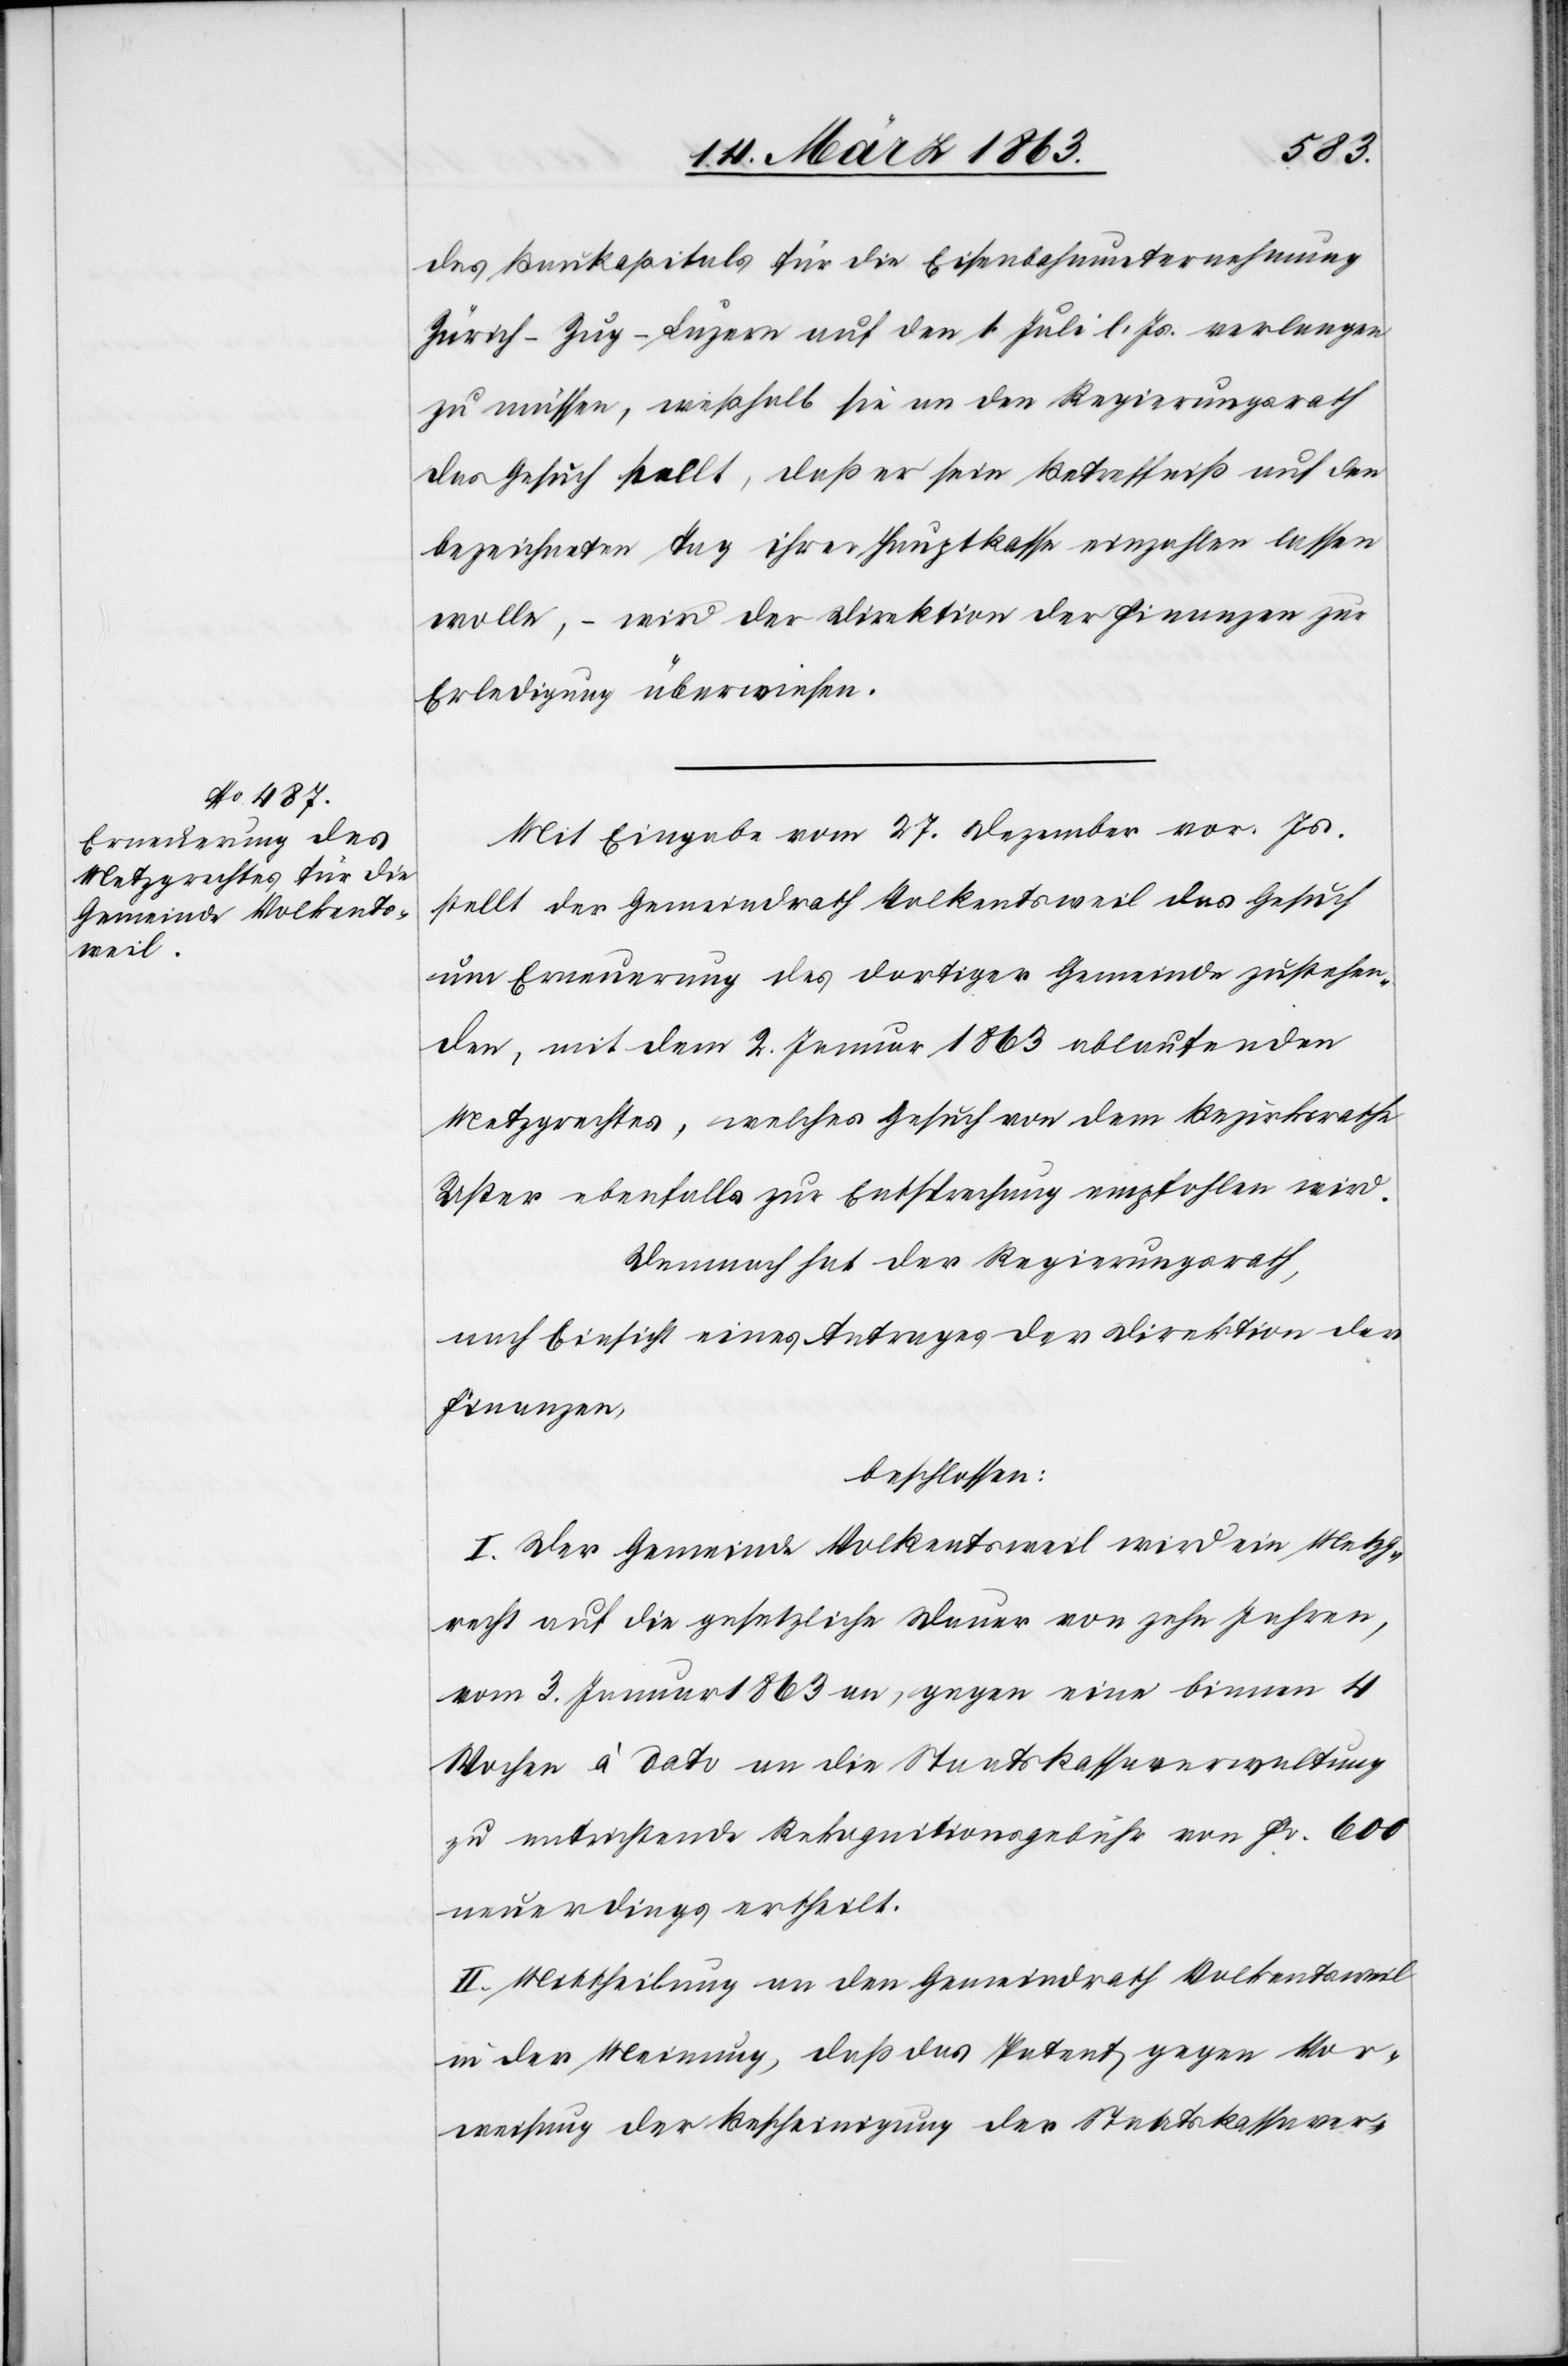
des Baukapitals für die Eisenbahnunternehmung
Zürich–Zug–Luzern auf den 1. Juli l. Js. verlangen
zu müssen, weßhalb sie an den Regierungsrath
das Gesuch stellt, daß er sein Betreffniß auf den
bezeichneten Tag ihrer Hauptkasse einzahlen lassen
wolle, – wird der Direktion der Finanzen zur
Erledigung überwiesen.
Mit Eingabe vom 27. Dezember vor. Js.
stellt der Gemeindrath Volkentsweil das Gesuch
um Erneuerung des dortiger Gemeinde zustehen¬
den, mit dem 2. Januar 1863 ablaufenden
Metzgrechtes, welches Gesuch von dem Bezirksrathe
Uster ebenfalls zur Entsprechung empfohlen wird.
Demnach hat der Regierungsrath,
nach Einsicht eines Antrages der Direktion der
Finanzen,
beschlossen:
I. Der Gemeinde Volkentsweil wird ein Metzg¬
recht auf die gesetzliche Dauer von zehn Jahren,
vom 3. Januar 1863 an, gegen eine binnen 4
Wochen à dato an die Staatskassaverwaltung
zu entrichtenden Rekognitionsgebühr von Fr. 600
neuerdings ertheilt.
II. Mittheilung an den Gemeindrath Volkentsweil
in der Meinung, daß das Patent gegen Vor¬
weisung der Bescheinigung der Staatskassaver-